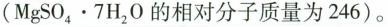
($$MgSO_{4}\cdot 7H_{2}O$$ 的相对分子质量为246)。